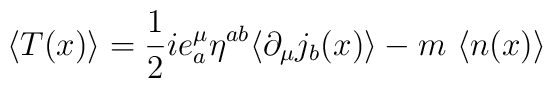
\langle T(x)\rangle = \frac{1}{2}ie_a^\mu\eta^{ab}\langle \partial_\mu j_b(x)	\rangle -m~\langle n(x)\rangle